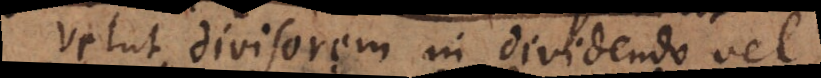
velut divisorem in dividendo vel